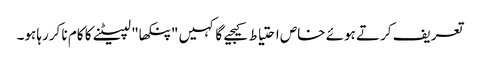
تعریف کرتے ہوئے خاص احتیاط کیجیے گا کہیں "پنکھا" لپیٹنے کا کام نا کررہا ہو۔